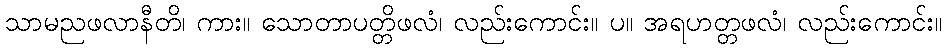
သာမညဖလာနီတိ၊ ကား။ သောတာပတ္တိဖလံ၊ လည်းကောင်း။ ပ။ အရဟတ္တဖလံ၊ လည်းကောင်း။